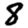
Digit: 8